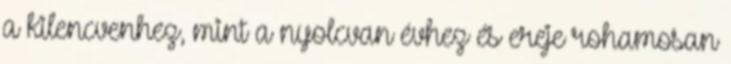
a kilencvenhez, mint a nyolcvan évhez és ereje rohamosan